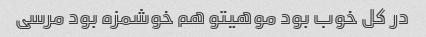
در کل خوب بود موهیتو هم خوشمزه بود مرسی